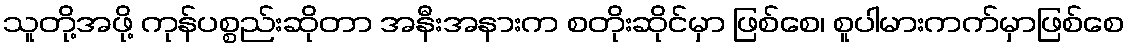
သူတို့အဖို့ ကုန်ပစ္စည်းဆိုတာ အနီးအနားက စတိုးဆိုင်မှာ ဖြစ်စေ၊ စူပါမားကက်မှာဖြစ်စေ